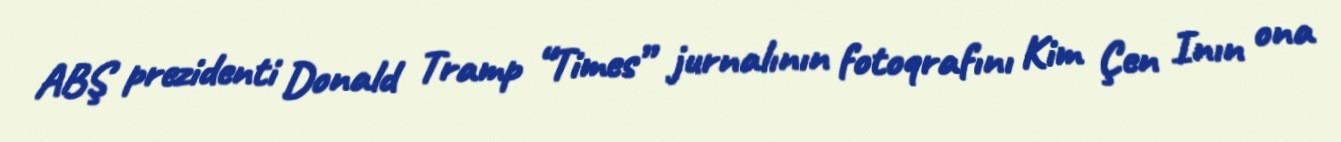
ABŞ prezidenti Donald Tramp “Times” jurnalının fotoqrafını Kim Çen Inın ona